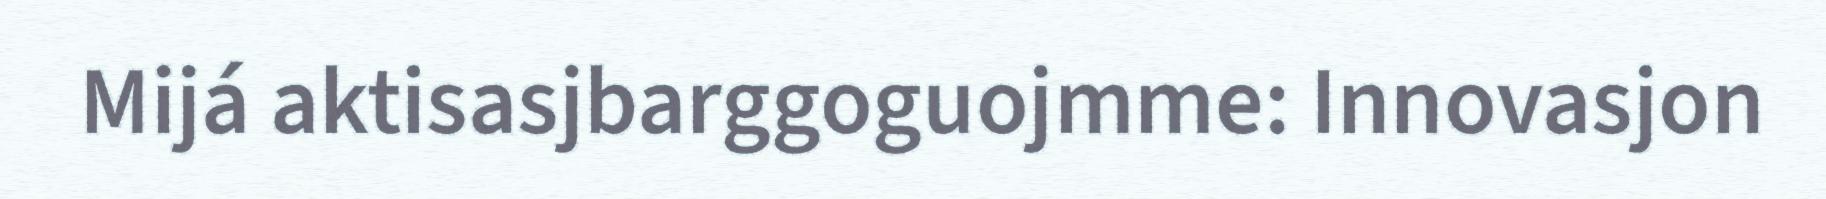
Mijá aktisasjbarggoguojmme: Innovasjon